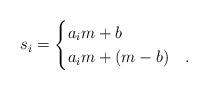
LaTeX: \begin{align*}s_i = \begin{cases} a_i m +b & {}\\a_im +(m-b) &{}.\end{cases}\end{align*}